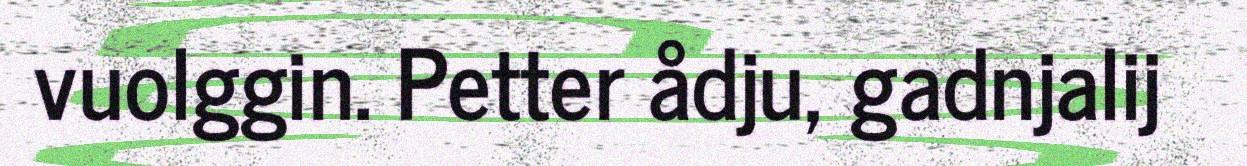
vuolggin. Petter ådju, gadnjalij